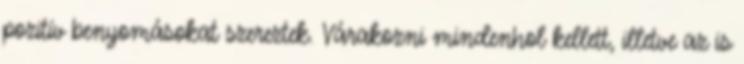
pozitív benyomásokat szereztek. Várakozni mindenhol kellett, illetve az is